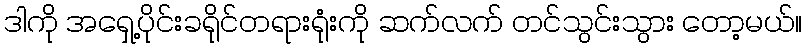
ဒါကို အရှေ့ပိုင်းခရိုင်တရားရုံးကို ဆက်လက် တင်သွင်းသွား တော့မယ်။